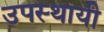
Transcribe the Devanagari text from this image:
उपस्‍थायी